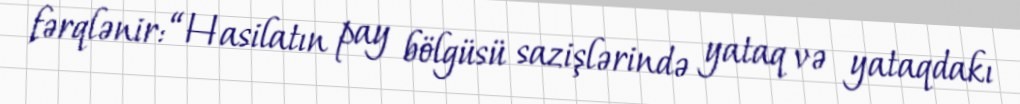
fərqlənir: “Hasilatın pay bölgüsü sazişlərində yataq və yataqdakı